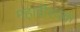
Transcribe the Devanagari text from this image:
महावीरचक्र